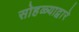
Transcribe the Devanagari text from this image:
सोहळ्याद्वारे